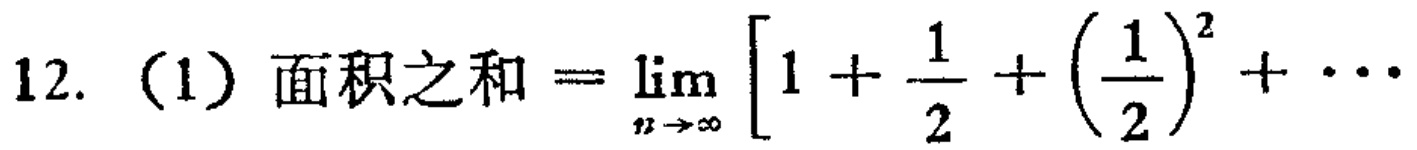
12. （1）面积之和$=\lim_{n \to \infty}\left[1+\frac{1}{2}+\left(\frac{1}{2}\right)^{2}+\cdots\right]$